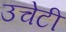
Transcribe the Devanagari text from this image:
उचेटी